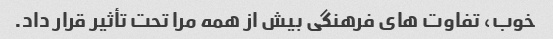
خوب، تفاوت های فرهنگی بیش از همه مرا تحت تأثیر قرار داد.